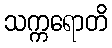
သက္ကရောတိ